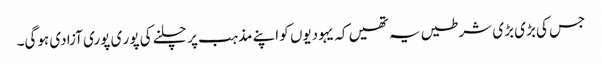
جس کی بڑی بڑی شرطیں یہ تھیں کہ یہودیوں کو اپنے مذہب پر چلنے کی پور ی پوری آزادی ہوگی۔